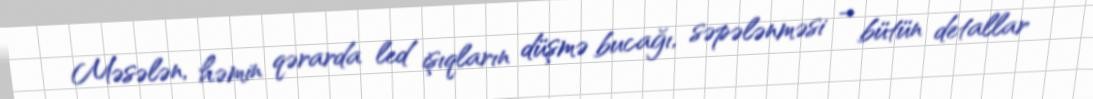
Məsələn, həmin qərarda led işıqların düşmə bucağı, səpələnməsi – bütün detallar